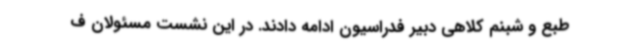
طبع و شبنم کلاهی دبیر فدراسیون ادامه دادند. در این نشست مسئولان ف